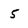
Character: 5